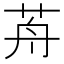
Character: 𦭸